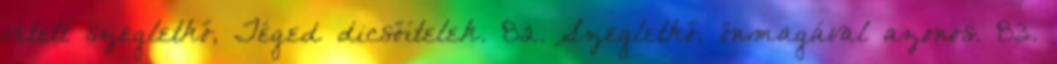
vetett szegletkő, Téged dicsőítelek. 82. Szegletkő, önmagával azonos. 83.